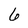
Character: 6